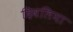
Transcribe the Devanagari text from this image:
दिवलिया